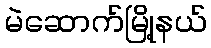
မဲဆောက်မြို့နယ်